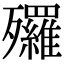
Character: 𣩿